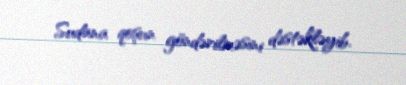
Sudana qoşun göndərilməsini dəstəkləyib.